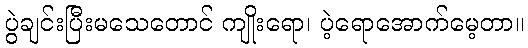
ပွဲချင်းပြီးမသေတောင် ကျိုးရော၊ ပဲ့ရောအောက်မေ့တာ။